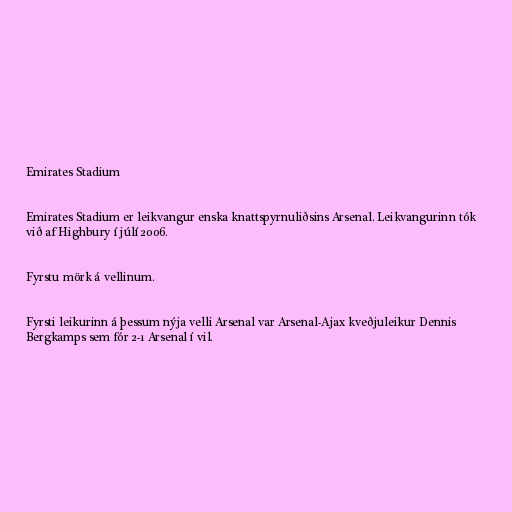
Emirates Stadium

Emirates Stadium er leikvangur enska knattspyrnuliðsins Arsenal. Leikvangurinn tók
við af Highbury í júlí 2006.

Fyrstu mörk á vellinum.

Fyrsti leikurinn á þessum nýja velli Arsenal var Arsenal-Ajax kveðjuleikur Dennis
Bergkamps sem fór 2-1 Arsenal í vil.